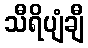
သီရိပျံချီ